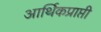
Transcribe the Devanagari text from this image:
आर्थिकप्राप्ती